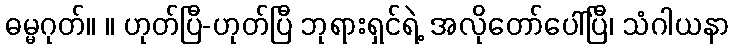
ဓမ္မဂုတ်။ ။ ဟုတ်ပြီ-ဟုတ်ပြီ ဘုရားရှင်ရဲ့ အလိုတော်ပေါ်ပြီ၊ သံဂါယနာ